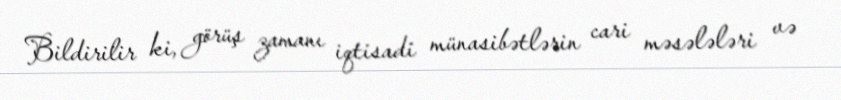
Bildirilir ki, görüş zamanı iqtisadi münasibətlərin cari məsələləri və